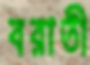
বরাতী